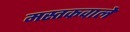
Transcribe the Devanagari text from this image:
मस्तकवाले